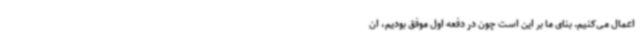
اعمال می‌کنیم. بنای ما بر این است چون در دفعه اول موفق بودیم، ان‌